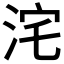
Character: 𭰓